Sketch of the medical history of the native army of Bombay, for the year
Year: 1872
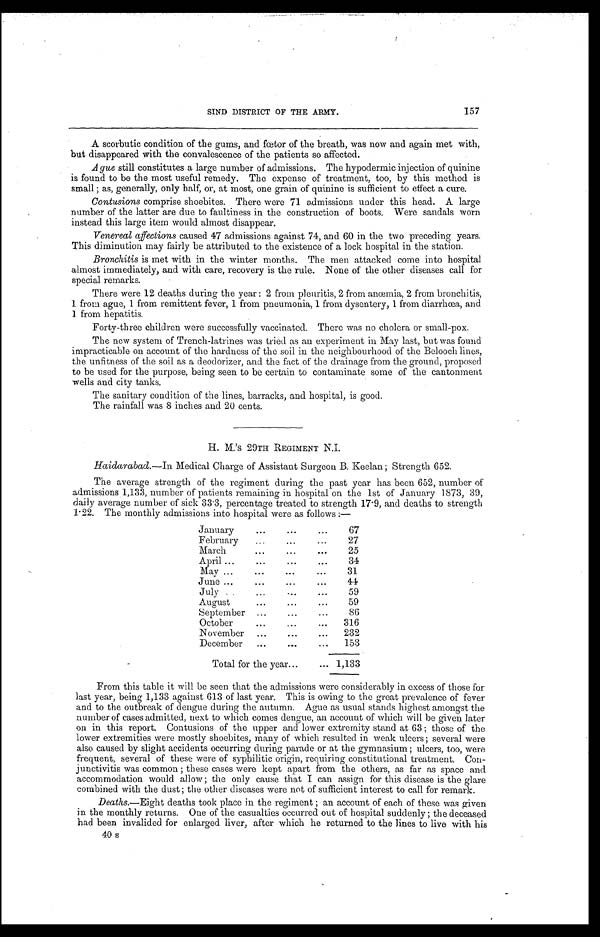
57
SIND DISTRICT OF THE ARMY.
A scorbutic condition of the gums, and fœtor of the breath, was now and again met with,
but disappeared with the convalescence of the patients so affected.
A gue still constitutes a large number of admissions. The hypodermic injection of quinine
is found to be the most useful remedy. The expense of treatment, too, by this method is
small; as, generally, only half, or, at most, one grain of quinine is sufficient to effect a cure.
Contusions comprise shoebites. There were 71 admissions under this head. A large
number of the latter are due to faultiness in the construction of boots. Were sandals worn
instead this large item would almost disappear.
Venereal affections caused 47 admissions against 74, and 60 in the two preceding years.
This diminution may fairly be attributed to the existence of a lock hospital in the station.
Bronchitis is met with in the winter months. The men attacked come into hospital
almost immediately, and with care, recovery is the rule. None of the other diseases call for
special remarks.
There were 12 deaths during the year: 2 from pleuritis, 2 from anœmia, 2 from bronchitis,
1 from ague, 1 from remittent fever, 1 from pneumonia, 1 from dysentery, 1 from diarrhœa, and
1 from hepatitis.
Forty-three children were successfully vaccinated. There was no cholera or small-pox.
The new system of Trench-latrines was tried as an experiment in May last, but was found
impracticable on account of the hardness of the soil in the neighbourhood of the Belooch lines,
the unfitness of the soil as a deodorizer, and the fact of the drainage from the ground, proposed
to be used for the purpose, being seen to be certain to contaminate some of the cantonment
wells and city tanks.
The sanitary condition of the lines, barracks, and hospital, is good.
The rainfall was 8 inches and 20 cents.
H. M. 'S 29TH REGIMENT N.I.
Haidarabad .—In Medical Charge of Assistant Surgeon B. Keelan; Strength 652.
The average strength of the regiment during the past year has been 652, number of
admissions 1,133, number of patients remaining in hospital on the 1st of January 1873, 39,
daily average number of sick 33.3, percentage treated to strength 17.9, and deaths to strength
1.22. The monthly admissions into hospital were as follows:—
January . . .
67
February . . .
27
March . . .
25
April . . .
34
May . . .
31
June . . .
44
July . . .
59
August . . .
59
September . . .
86
October . . .
316
November . . .
232
December . . .
153
Total for the year . . .
1,133
From this table it will be seen that the admissions were considerably in excess of those for
last year, being 1,133 against 613 of last year. This is owing to the great prevalence of fever
and to the outbreak of dengue during the autumn. Ague as usual stands highest amongst the
number of cases admitted, next to which comes dengue, an account of which will be given later
on in this report. Contusions of the upper and lower extremity stand at 63; those of the
lower extremities were mostly shoebites, many of which resulted in weak ulcers; several were
also caused by slight accidents occurring during parade or at the gymnasium; ulcers, too, were
frequent, several of these were of syphilitic origin, requiring constitutional treatment. Con
- j u n c t i v i t i s w a s c o m m o n ; t h e s e c a s e s w e r e k e p t a p a r t f r o m t h e o t h e r s , a s f a r a s s p a c e a n d
accommodation would allow; the only cause that I can assign for this disease is the glare
combined with the dust; the other diseases were not of sufficient interest to call for remark.
Deaths.—Eight deaths took place in the regiment; an account of each of these was given
in the monthly returns. One of the casualties occurred out of hospital suddenly; the deceased
had been invalided for enlarged liver, after which he returned to the lines to live with his
40 s